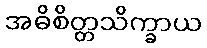
အဓိစိတ္တသိက္ခာယ